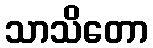
သာသိတော